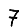
Digit: 7